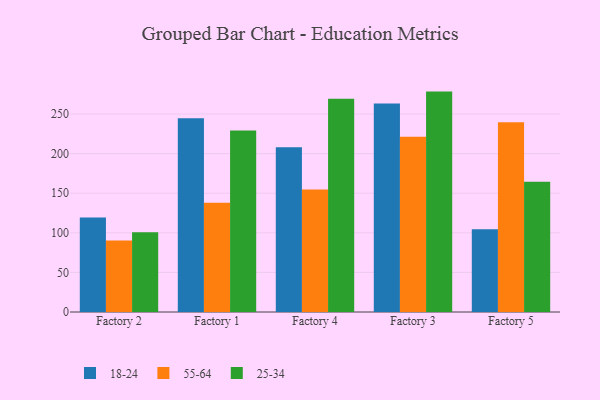
{"axis": {"x": "Factory", "y": "Demand Index"}, "legend": ["18-24", "25-34", "55-64"], "data": [{"x": "Factory 2", "y": 119.2, "type": "18-24"}, {"x": "Factory 2", "y": 90.3, "type": "55-64"}, {"x": "Factory 2", "y": 100.6, "type": "25-34"}, {"x": "Factory 1", "y": 244.6, "type": "18-24"}, {"x": "Factory 1", "y": 138.0, "type": "55-64"}, {"x": "Factory 1", "y": 229.2, "type": "25-34"}, {"x": "Factory 4", "y": 207.9, "type": "18-24"}, {"x": "Factory 4", "y": 154.8, "type": "55-64"}, {"x": "Factory 4", "y": 269.2, "type": "25-34"}, {"x": "Factory 3", "y": 263.4, "type": "18-24"}, {"x": "Factory 3", "y": 221.2, "type": "55-64"}, {"x": "Factory 3", "y": 278.3, "type": "25-34"}, {"x": "Factory 5", "y": 104.6, "type": "18-24"}, {"x": "Factory 5", "y": 239.7, "type": "55-64"}, {"x": "Factory 5", "y": 164.5, "type": "25-34"}]}